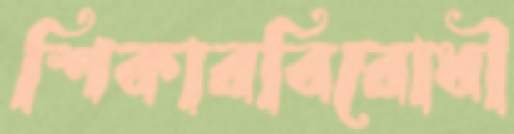
শিকারবিরোধী